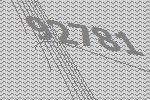
92781